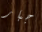
جبار